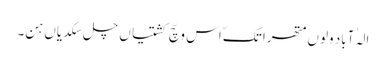
الہٰ آباد ولوں متھرا تکّ اس وچّ کشتیاں چل سکدیاں ہن۔